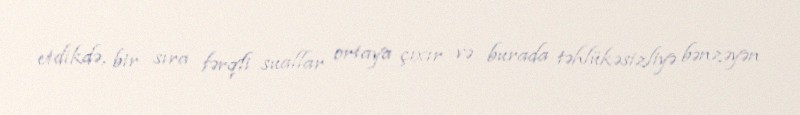
etdikdə, bir sıra fərqli suallar ortaya çıxır və burada təhlükəsizliyə bənzəyən